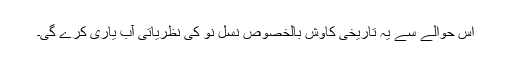
اس حوالے سے یہ تاریخی کاوش بالخصوص نسلِ نو کی نظریاتی آب یاری کرے گی۔